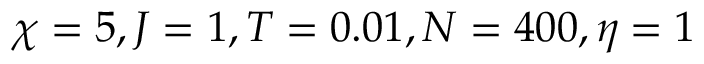
\chi = 5 , J = 1 , T = 0 . 0 1 , N = 4 0 0 , \eta = 1